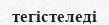
тегістеледі